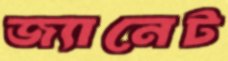
জ্যানেট